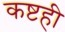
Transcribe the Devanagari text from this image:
कष्टही